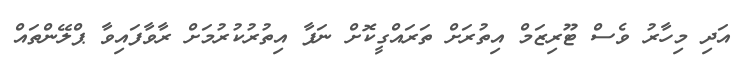
އަދި މިހާރު ވެސް ޓޫރިޒަމް އިތުރަށް ތަރައްގީކޮށް ނަފާ އިތުރުކުރުމަށް ރާވާފައިވާ ޕްލޭންތައް